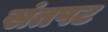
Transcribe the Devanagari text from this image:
संतपट